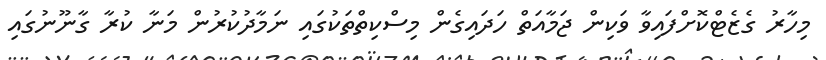
މިހާރު ގެޒެޓްކޮށްފައިވާ ވަކިން ޖަމާއަތް ހަދައިގެން މިސްކިތްތަކުގައި ނަމާދުކުރުން މަނާ ކުރާ ގާނޫނުގައި